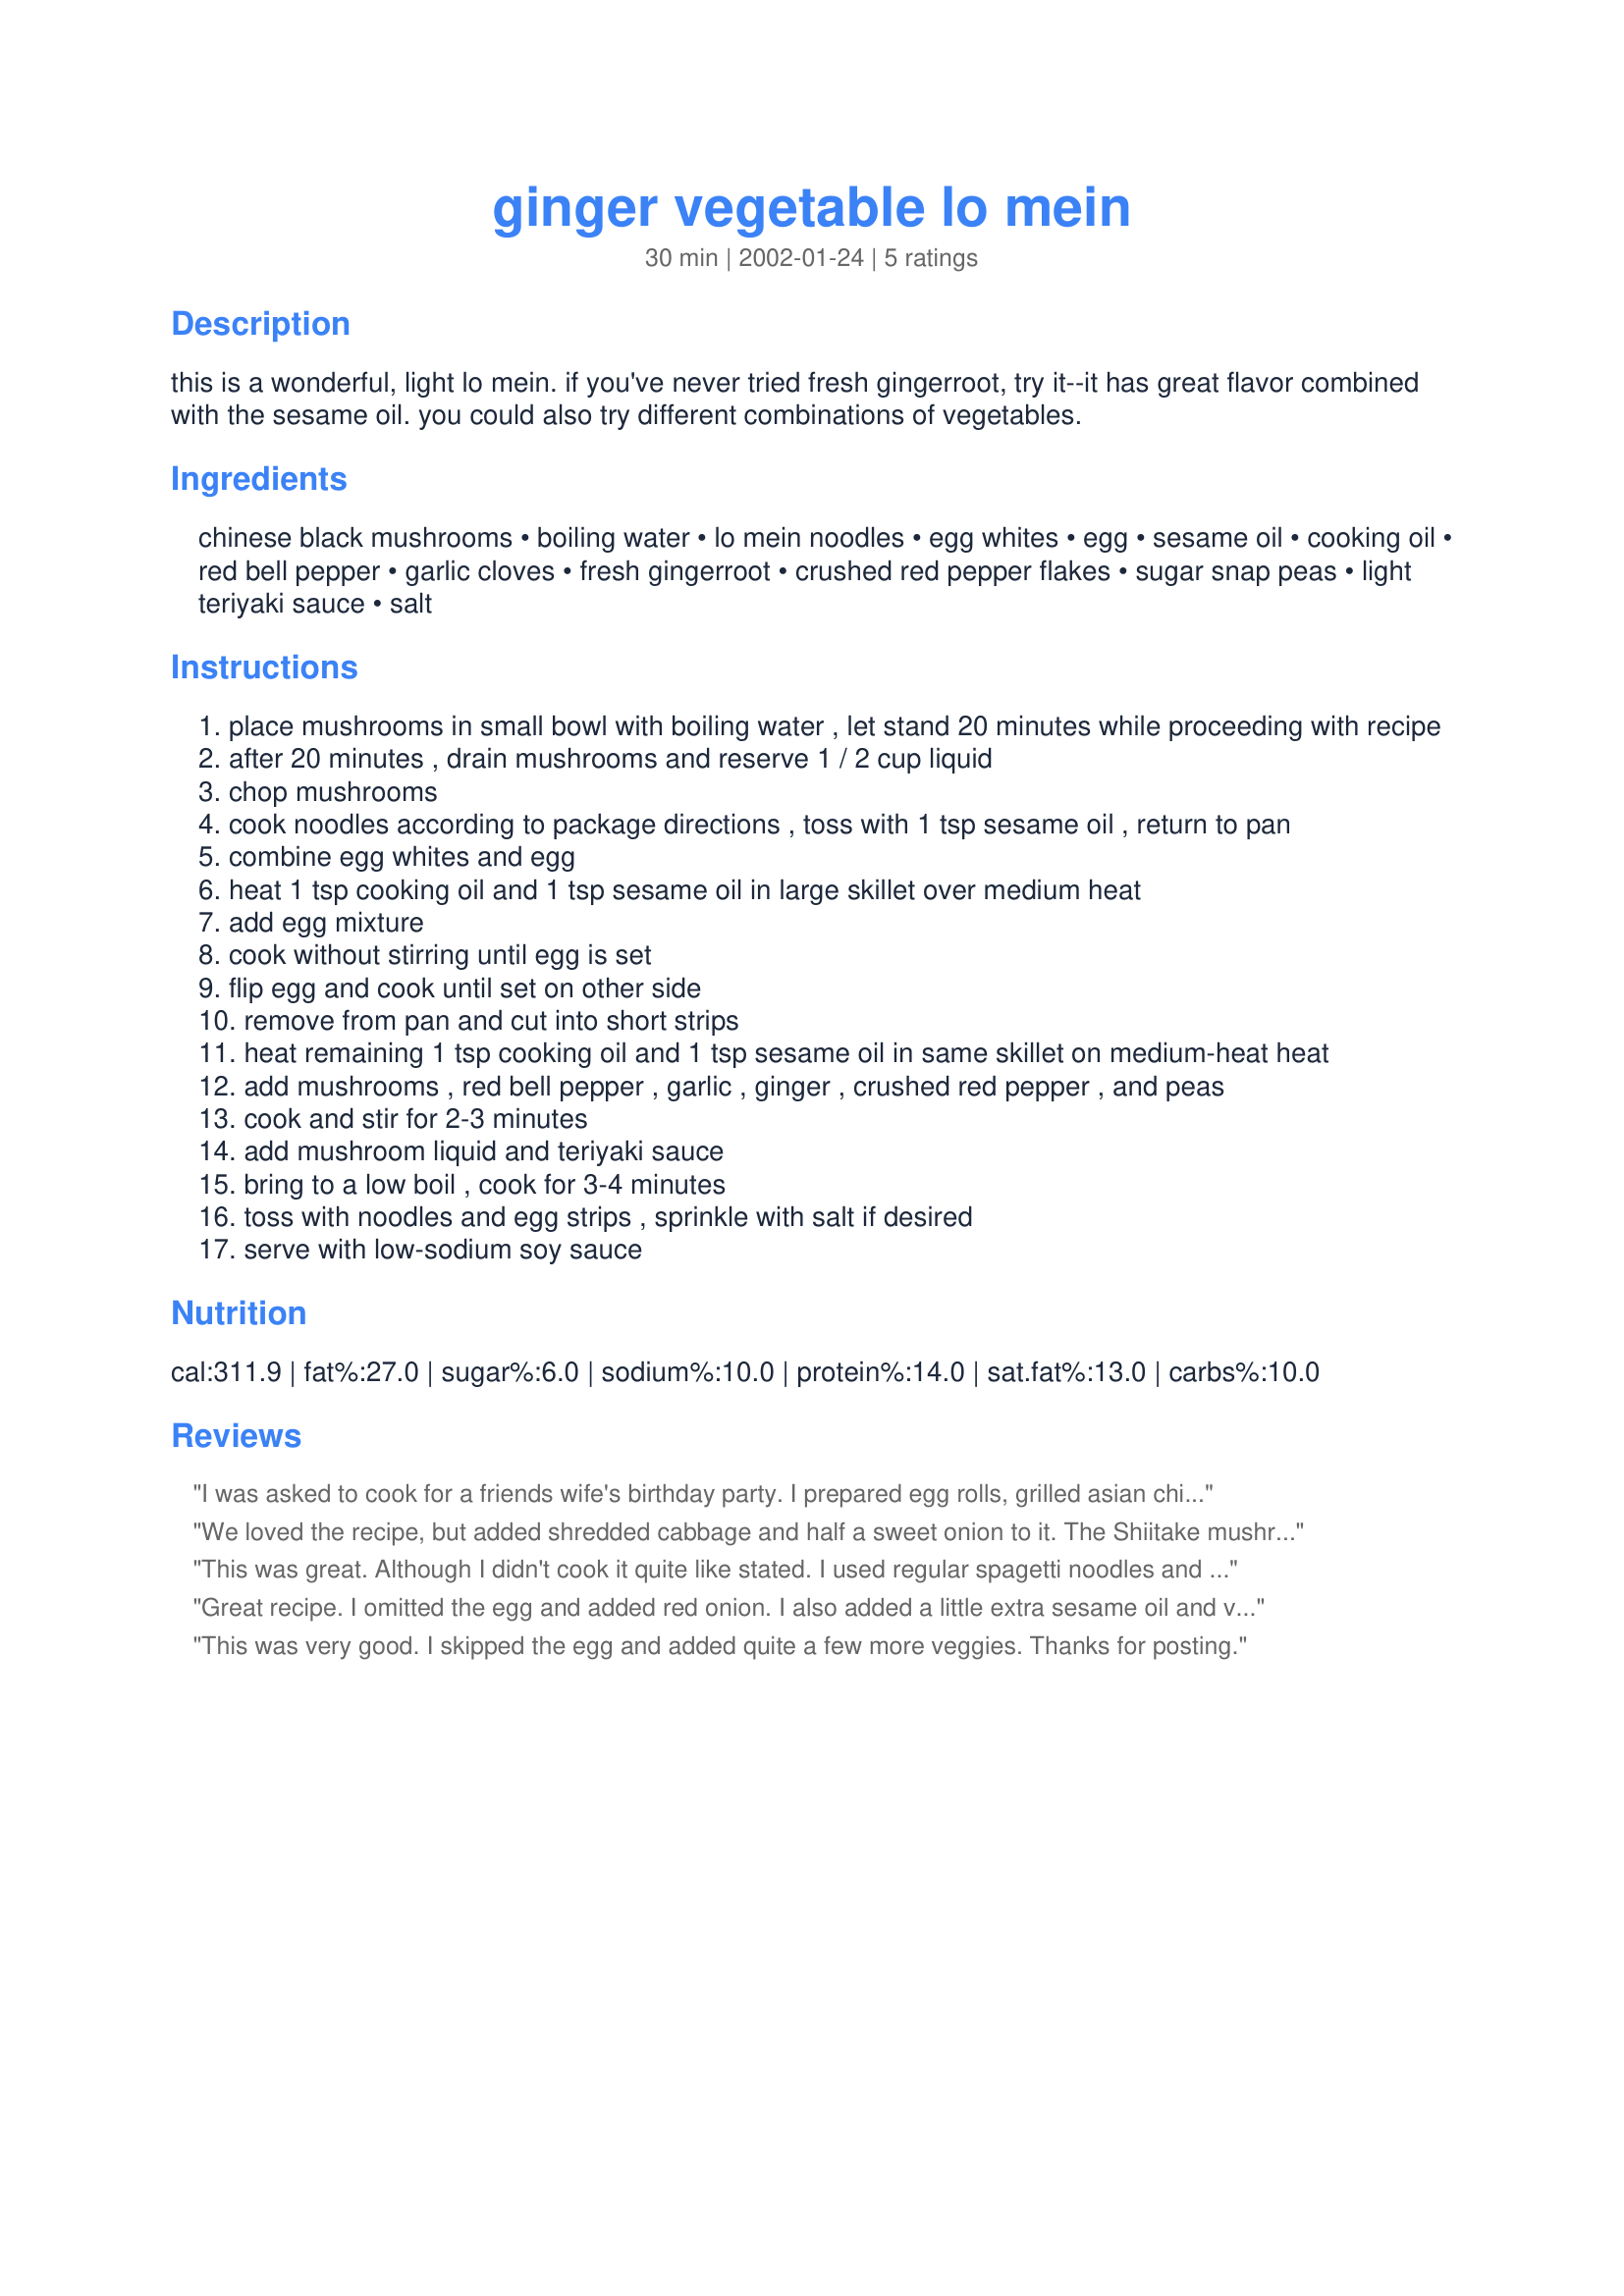
ginger vegetable lo mein
Preparation time: 30 minutes

this is a wonderful, light lo mein. if you've never tried fresh gingerroot, try it--it has great flavor combined with the sesame oil. you could also try different combinations of vegetables.

Ingredients:
chinese black mushrooms, boiling water, lo mein noodles, egg whites, egg, sesame oil, cooking oil, red bell pepper, garlic cloves, fresh gingerroot, crushed red pepper flakes, sugar snap peas, light teriyaki sauce, salt

Steps:
place mushrooms in small bowl with boiling water , let stand 20 minutes while proceeding with recipe
after 20 minutes , drain mushrooms and reserve 1 / 2 cup liquid
chop mushrooms
cook noodles according to package directions , toss with 1 tsp sesame oil , return to pan
combine egg whites and egg
heat 1 tsp cooking oil and 1 tsp sesame oil in large skillet over medium heat
add egg mixture
cook without stirring until egg is set
flip egg and cook until set on other side
remove from pan and cut into short strips
heat remaining 1 tsp cooking oil and 1 tsp sesame oil in same skillet on medium-heat heat
add mushrooms , red bell pepper , garlic , ginger , crushed red pepper , and peas
cook and stir for 2-3 minutes
add mushroom liquid and teriyaki sauce
bring to a low boil , cook for 3-4 minutes
toss with noodles and egg strips , sprinkle with salt if desired
serve with low-sodium soy sauce

Reviews:
I was asked to cook for a friends wife's birthday party. I prepared egg rolls, grilled asian chicken served on top of the ginger vegetable lo mein. What a hit! The lo mein was the perfect accompaniment to the meal.
We loved the recipe, but added shredded cabbage and half a sweet onion to it. The Shiitake mushroom gives it a unique flavor and was a hit with my family. This one's a keeper!!! Four stars because we added more stuff to it.
This was great. Although I didn't cook it quite like stated. I used regular spagetti noodles and cooked them as usual. I scrambled 1/2 cup of egg beaters in 1 t olive oil. Then I stirfried button mushrooms, pea pods, green peppers and scallions in another 1 t of olive oil. I used 1/2 t of powdered ginger and 1/8 t of cayanne pepper. I then added the noodles and poured in the soy sauce. DH and DD loved it. Thanks for the great recipe.
Great recipe. I omitted the egg and added red onion. I also added a little extra sesame oil and vegetable oil. I will be using this recipe time and time again. Thanks for sharing.
This was very good. I skipped the egg and added quite a few more veggies. Thanks for posting.
